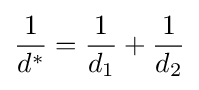
{\frac {1}{d^{*}}}={\frac {1}{d_{1}}}+{\frac {1}{d_{2}}}